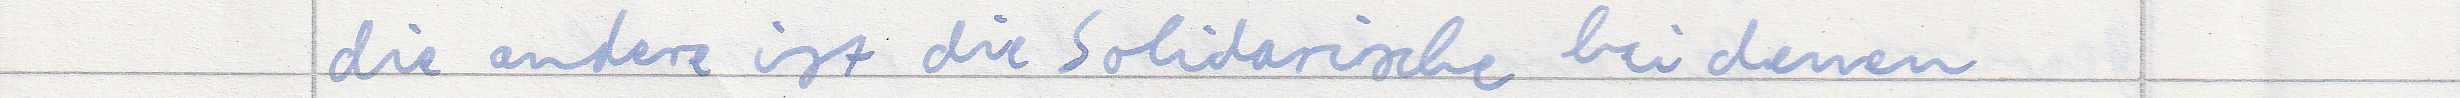
die andere ist die Solidarische bei denen